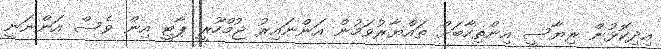
އިދިކޮޅުން ރިޔާސީ އިންތިހާބަށް ތައްޔާރުވަމުން އަންނައިރު ޖުމްހޫރީ ޕާޓީ އިން ވެސް އަންނަނީ